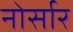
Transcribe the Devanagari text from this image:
नोर्सार